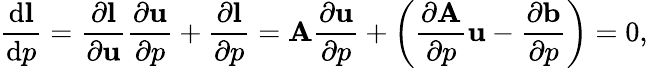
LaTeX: \frac{\mathrm{d}\mathbf{l}}{\mathrm{d}p}=\frac{\partial\mathbf{l}}{\partial\mathbf{u}}\frac{\partial\mathbf{u}}{\partial p}+\frac{\partial\mathbf{l}}{\partial p}=\mathbf{A}\frac{\partial\mathbf{u}}{\partial p}+\left(\frac{\partial\mathbf{A}}{\partial p}\mathbf{u}-\frac{\partial\mathbf{b}}{\partial p}\right)=0,